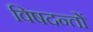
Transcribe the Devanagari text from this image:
विषदन्तों